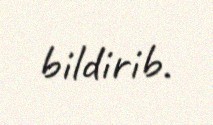
bildirib.